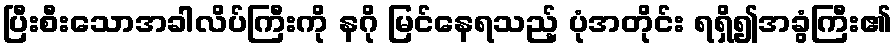
ပြီးစီးသောအခါလိပ်ကြီးကို နဂို မြင်နေရသည့် ပုံအတိုင်း ရရှိ၍အခွံကြီး၏